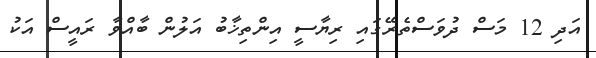
އަދި 12 މަސް ދުވަަސްތެރޭގައި ރިޔާސީ އިންތިޚާބު އަލުން ބާއްވާ ރައީސް އަކު